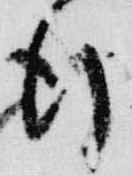
行